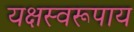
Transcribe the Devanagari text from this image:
यक्षस्वरूपाय